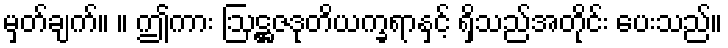
မှတ်ချက်။ ။ ဤကား ဩဋ္ဌဇဒုတိယက္ခရာနှင့် ရှိသည်အတိုင်း ပေးသည်။